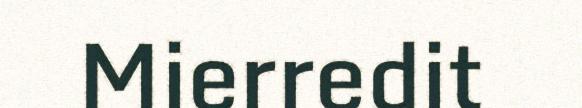
Mierredit